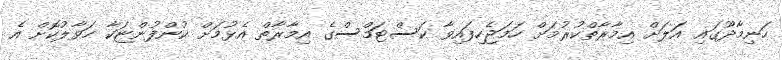
ހަނިމާދޫގައި އަލަށް އިމާރާތްކުރުމަށް ހަމަޖެހިފައިވާ ކަސްޓަމްސްގެ އިމާރާތް އެޅުމަށް ކުންފުންޏަކާ ހަވާލުކޮށް އެ